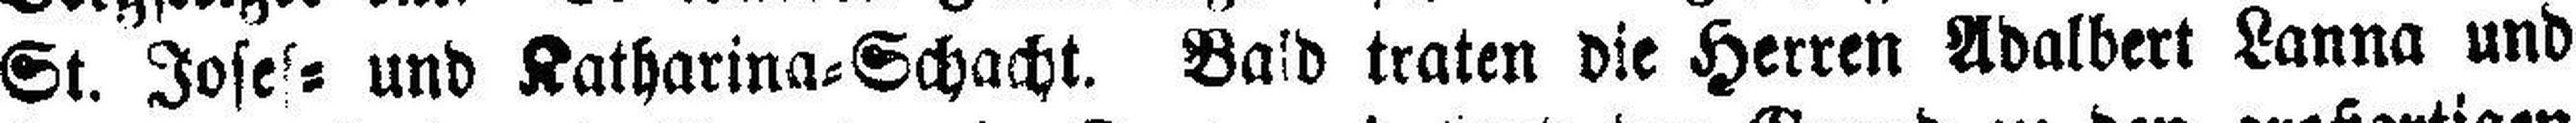
St. Josef= und Katharina=Schacht. Bald traten die Herren Adalbert Lanna und